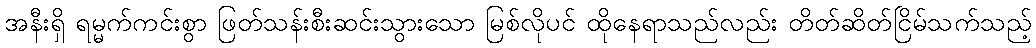
အနီးရှိ ရမ္မက်ကင်းစွာ ဖြတ်သန်းစီးဆင်းသွားသော မြစ်လိုပင် ထိုနေရာသည်လည်း တိတ်ဆိတ်ငြိမ်သက်သည့်